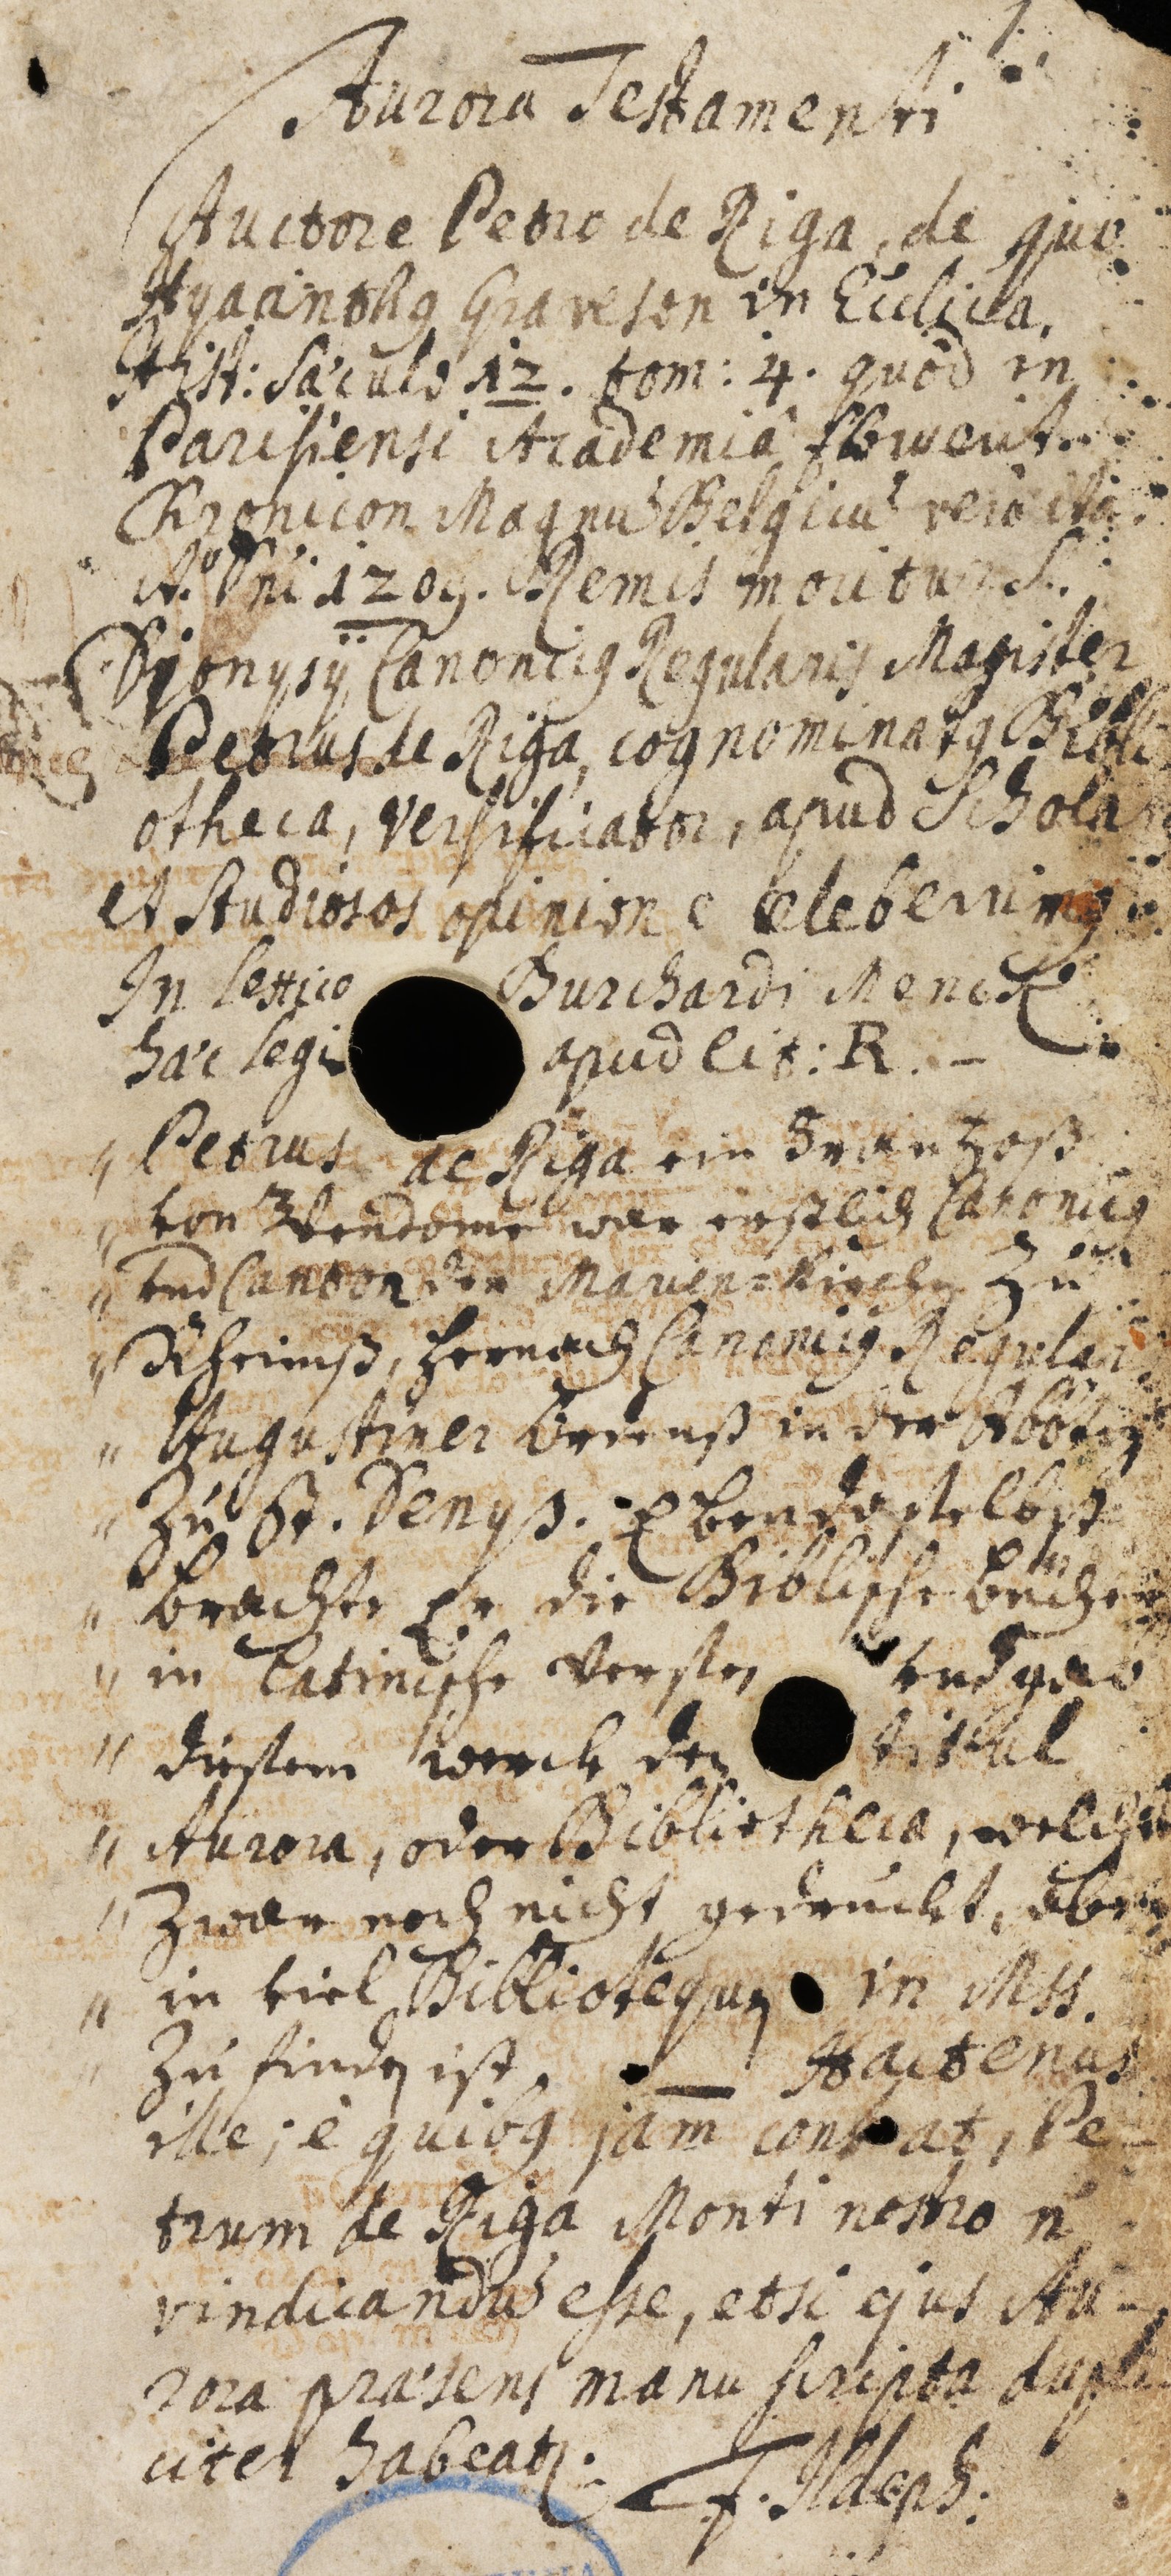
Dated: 1203–1203